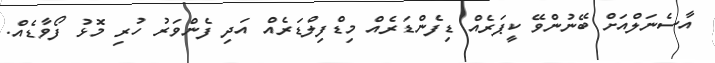
އާސެނަލްއަށް ބޭނުންވޭ ކީޕަރެއް ޑިފެންޑަރެއް މިޑްފިލްޑަރެއް އަދި ފެންވަރު ހުރި މޮޅު ފޯވާޑެއް.